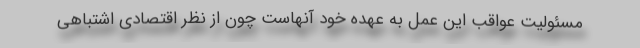
مسئولیت عواقب این عمل به عهده خود آنهاست چون از نظر اقتصادی اشتباهی